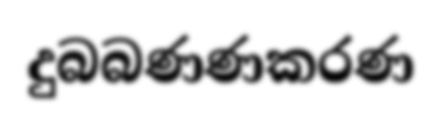
දුබබණණකරණ